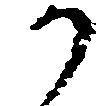
か